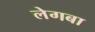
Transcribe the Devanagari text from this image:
लेगबा